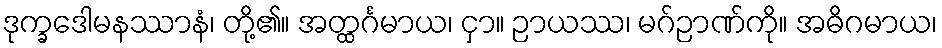
ဒုက္ခဒေါမနဿာနံ၊ တို့၏။ အတ္ထင်္ဂမာယ၊ ငှာ။ ဉာယဿ၊ မဂ်ဉာဏ်ကို။ အဓိဂမာယ၊